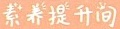
素养提升间